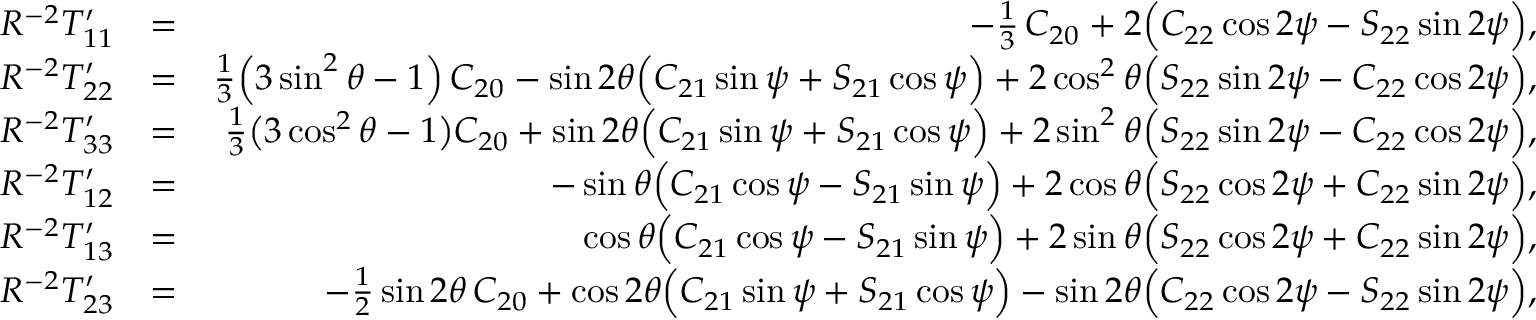
\begin{array} { r l r } { R ^ { - 2 } { \cal T } _ { 1 1 } ^ { \prime } } & { = } & { - \textstyle \frac { 1 } { 3 } \, C _ { 2 0 } + 2 \Big ( C _ { 2 2 } \cos 2 \psi - S _ { 2 2 } \sin 2 \psi \Big ) , } \\ { R ^ { - 2 } { \cal T } _ { 2 2 } ^ { \prime } } & { = } & { \textstyle \frac { 1 } { 3 } \Big ( 3 \sin ^ { 2 } \theta - 1 \Big ) \, C _ { 2 0 } - \sin 2 \theta \Big ( C _ { 2 1 } \sin \psi + S _ { 2 1 } \cos \psi \Big ) + 2 \cos ^ { 2 } \theta \Big ( S _ { 2 2 } \sin 2 \psi - C _ { 2 2 } \cos 2 \psi \Big ) , } \\ { R ^ { - 2 } { \cal T } _ { 3 3 } ^ { \prime } } & { = } & { { \textstyle \frac { 1 } { 3 } } \big ( 3 \cos ^ { 2 } \theta - 1 \big ) C _ { 2 0 } + \sin 2 \theta \Big ( C _ { 2 1 } \sin \psi + S _ { 2 1 } \cos \psi \Big ) + 2 \sin ^ { 2 } \theta \Big ( S _ { 2 2 } \sin 2 \psi - C _ { 2 2 } \cos 2 \psi \Big ) , } \\ { R ^ { - 2 } { \cal T } _ { 1 2 } ^ { \prime } } & { = } & { - \sin \theta \Big ( C _ { 2 1 } \cos \psi - S _ { 2 1 } \sin \psi \Big ) + 2 \cos \theta \Big ( S _ { 2 2 } \cos 2 \psi + C _ { 2 2 } \sin 2 \psi \Big ) , } \\ { R ^ { - 2 } { \cal T } _ { 1 3 } ^ { \prime } } & { = } & { \cos \theta \Big ( C _ { 2 1 } \cos \psi - S _ { 2 1 } \sin \psi \Big ) + 2 \sin \theta \Big ( S _ { 2 2 } \cos 2 \psi + C _ { 2 2 } \sin 2 \psi \Big ) , } \\ { R ^ { - 2 } { \cal T } _ { 2 3 } ^ { \prime } } & { = } & { - { \textstyle \frac { 1 } { 2 } } \sin 2 \theta \, C _ { 2 0 } + \cos 2 \theta \Big ( C _ { 2 1 } \sin \psi + S _ { 2 1 } \cos \psi \Big ) - \sin 2 \theta \Big ( C _ { 2 2 } \cos 2 \psi - S _ { 2 2 } \sin 2 \psi \Big ) , } \end{array}